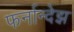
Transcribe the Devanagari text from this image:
फर्नान्देझ